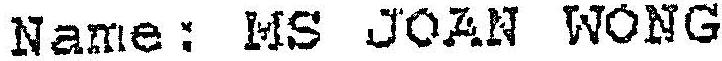
NAME: MS JOAN WONG